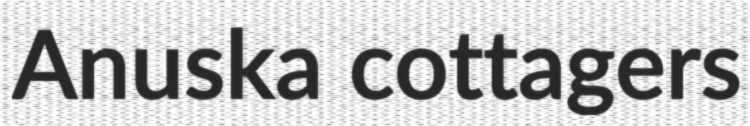
Anuska cottagers